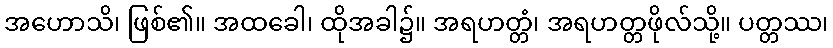
အဟောသိ၊ ဖြစ်၏။ အထခေါ၊ ထိုအခါ၌။ အရဟတ္တံ၊ အရဟတ္တဖိုလ်သို့။ ပတ္တဿ၊